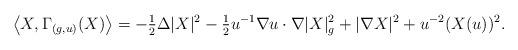
LaTeX: \begin{align*}\left\langle X, \Gamma_{( g, u)}(X) \right\rangle= -\tfrac{1}{2} \Delta |X|^2 - \tfrac{1}{2} u^{-1} {\nabla u} \cdot \nabla |X|_g^2 + |\nabla X|^2 + u^{-2} (X ( u))^2.\end{align*}